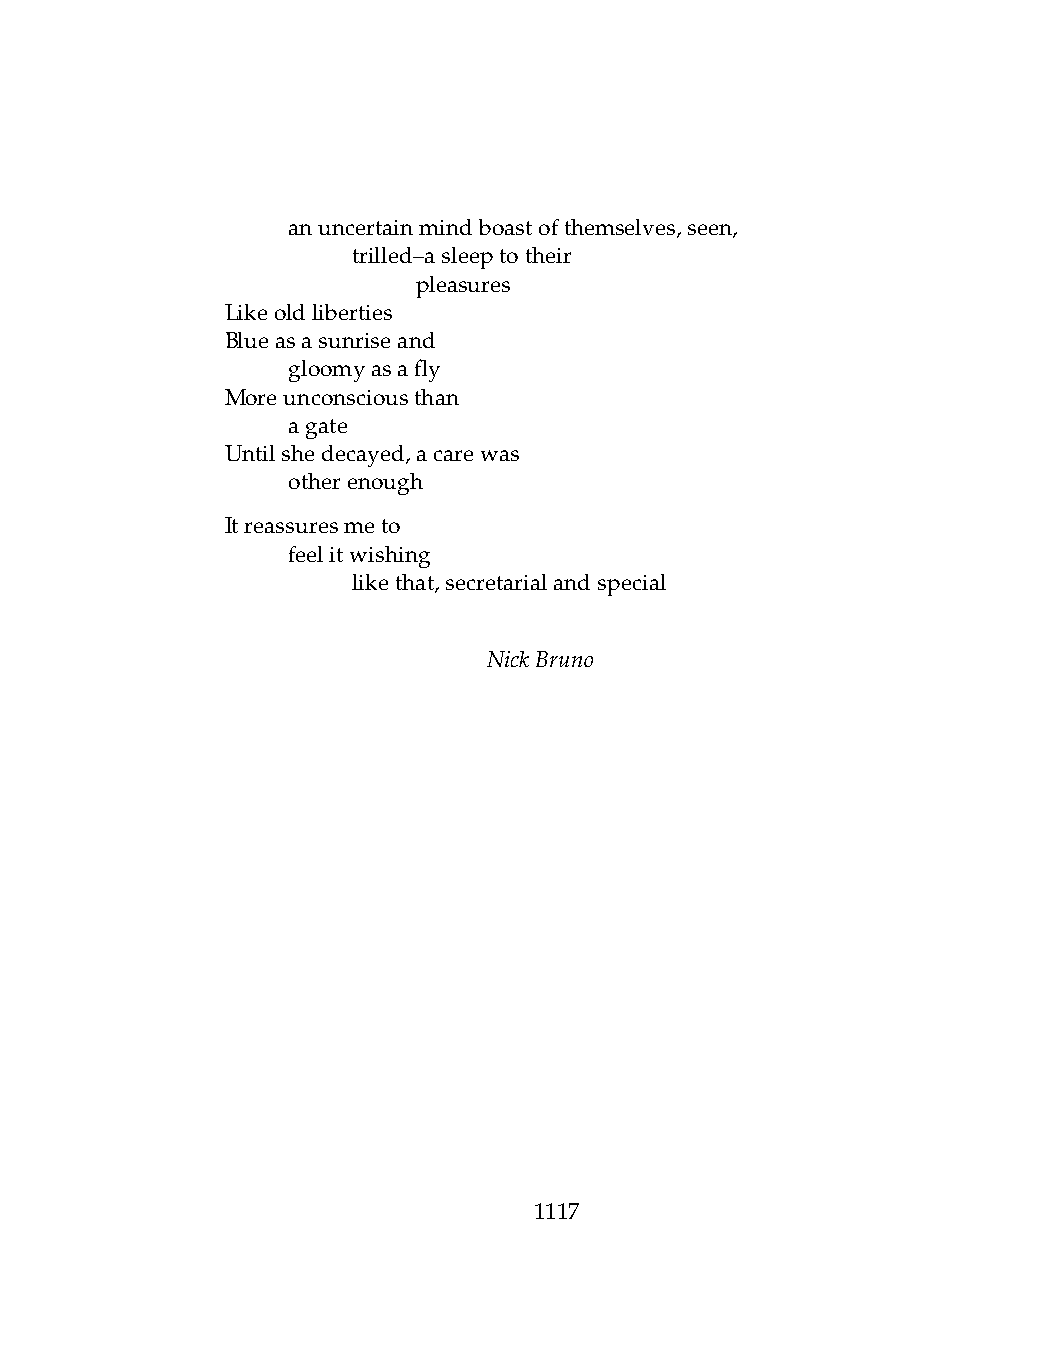
.   anuncertainmindboastofthemselves,seen,
 .   .   trilled–asleeptotheir
 .   .   .    pleasures
 Likeoldliberties
 Blueasasunriseand
 .   gloomyasafly
 Moreunconsciousthan
 .   agate
 Untilshedecayed,acarewas
 .   otherenough
 Itreassuresmeto
 .   feelitwishing
 .   .   likethat,secretarialandspecial
 NickBruno
 1117